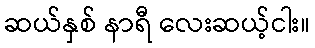
ဆယ်နှစ် နာရီ လေးဆယ့်ငါး။